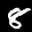
Label: 8